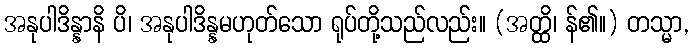
အနုပါဒိန္နာနိ ပိ၊ အနုပါဒိန္နမဟုတ်သော ရုပ်တို့သည်လည်း။ (အတ္ထိ၊ န်၏။) တသ္မာ,